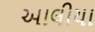
આલીયા